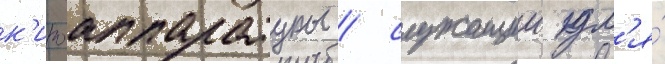
к'иноаппаратуры / служащии дл'я́